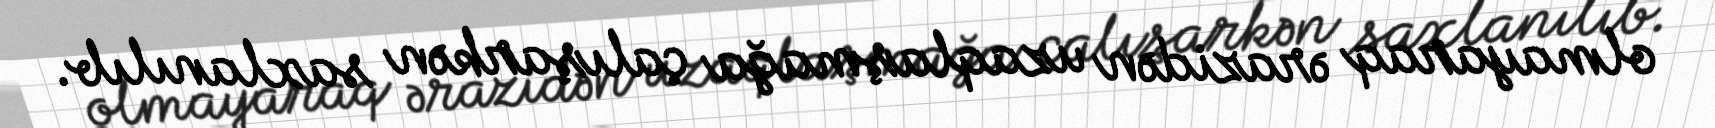
olmayaraq ərazidən uzaqlaşmağa çalışarkən saxlanılıb.